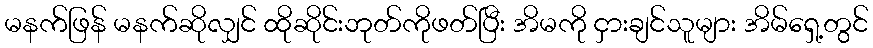
မနက်ဖြန် မနက်ဆိုလျှင် ထိုဆိုင်းဘုတ်ကိုဖတ်ပြီး အိမကို ငှားချင်သူများ အိမ်ရှေ့တွင်